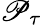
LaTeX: \mathscr{P}_{\tau}